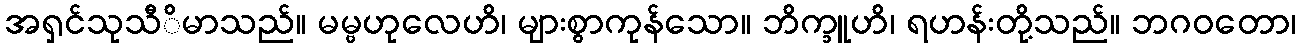
အရှင်သုသီိမာသည်။ မမ္ဗဟုလေဟိ၊ များစွာကုန်သော။ ဘိက္ခူဟိ၊ ရဟန်းတို့သည်။ ဘဂဝတော၊